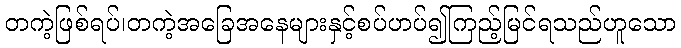
တကဲ့ဖြစ်ရပ်၊တကဲ့အခြေအနေများနှင့်စပ်ဟပ်၍ကြည့်မြင်ရသည်ဟူသော